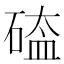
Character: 𥔐